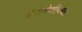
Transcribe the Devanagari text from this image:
चेपापेशींइतकी